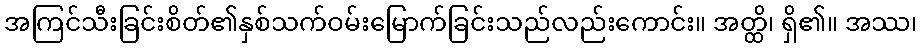
အကြင်သီးခြင်းစိတ်၏နှစ်သက်ဝမ်းမြောက်ခြင်းသည်လည်းကောင်း။ အတ္ထိ၊ ရှိ၏။ အဿ၊